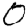
Digit: 0